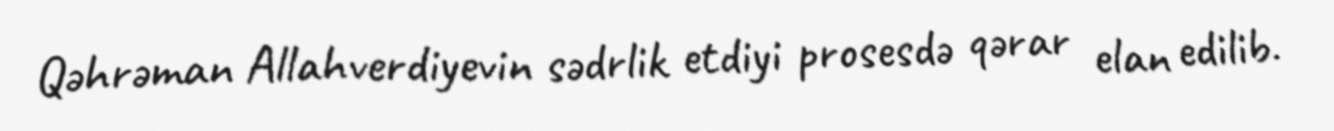
Qəhrəman Allahverdiyevin sədrlik etdiyi prosesdə qərar elan edilib.